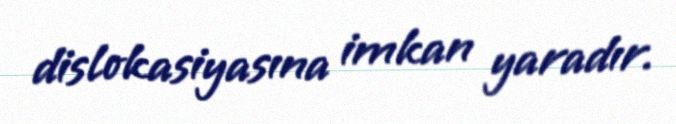
dislokasiyasına imkan yaradır.